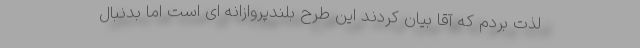
لذت بردم که آقا بیان کردند این طرح بلندپروازانه ای است اما بدنبال